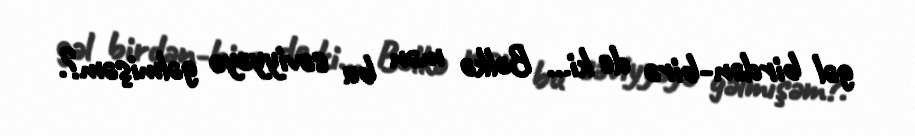
gəl birdən-birə de ki... Bəlkə mən bu səviyyəyə gəlmişəm?.